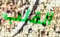
القلب